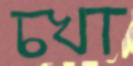
চখা